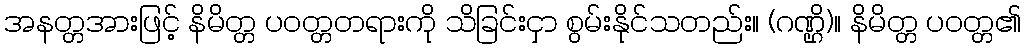
အနတ္တအားဖြင့် နိမိတ္တ ပဝတ္တတရားကို သိခြင်းငှာ စွမ်းနိုင်သတည်း။ (ဂဏ္ဌိ)။ နိမိတ္တ ပဝတ္တ၏